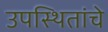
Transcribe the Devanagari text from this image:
उपस्थितांचे